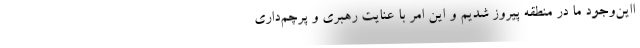
ااین‌وجود ما در منطقه پیروز شدیم و این امر با عنایت رهبری و پرچم‌داری